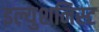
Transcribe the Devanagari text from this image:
इल्युशनिस्ट